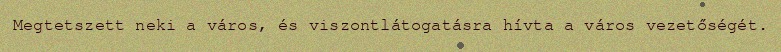
Megtetszett neki a város, és viszontlátogatásra hívta a város vezetőségét.